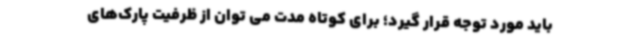
باید مورد توجه قرار گیرد؛ برای کوتاه مدت می توان از ظرفیت پارک‌های